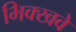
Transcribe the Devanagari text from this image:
भिक्खवे